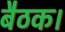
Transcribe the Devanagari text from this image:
बैठक।